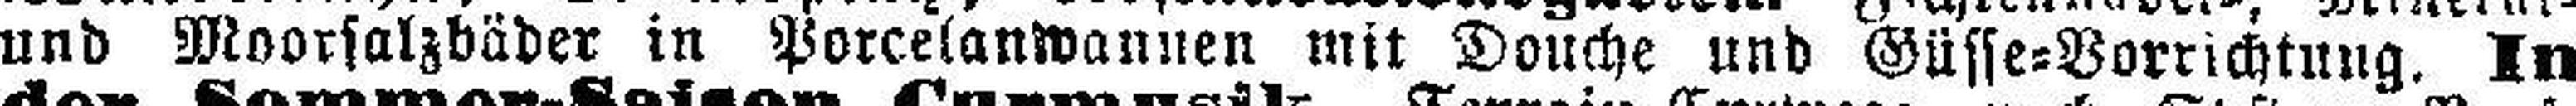
und Moorsalzbäder in Porcelanwannen mit Douche und Güsse=Vorrichtung. In